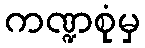
ကဏ္ဍစုံမှ